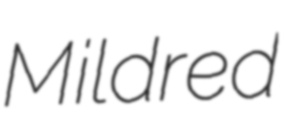
Mildred